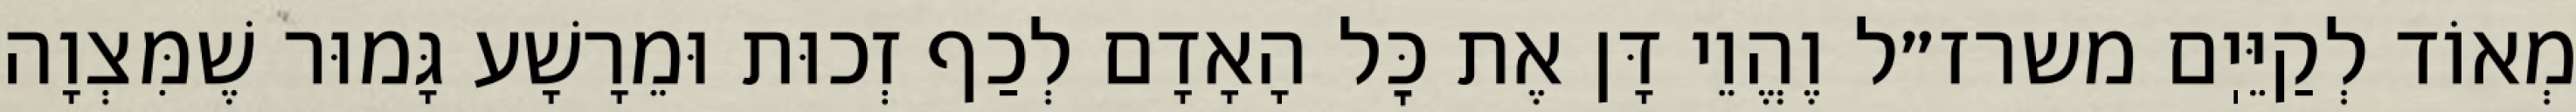
מְאוֹד לְקַיֵּיֽם משרז״ל וֶהֱוֵי דָּן אֶת כׇּל הָאָדָם לְכַף זְכוּת וּמֵרָשָׁע גָּמוּר שֶׁמִּצְוָה